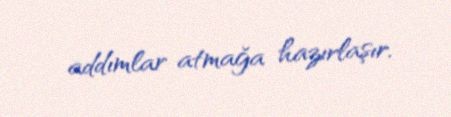
addımlar atmağa hazırlaşır.